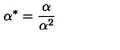
{ \mathrm { \boldmath \alpha } } ^ { * } = { \frac { \mathrm { \boldmath \alpha } } { { \mathrm { \boldmath \alpha } } ^ { 2 } } }